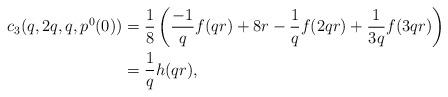
LaTeX: \begin{align*}c_3(q,2q,q,p^0(0)) &= \frac 18 \left( \frac{-1}{q}f(qr) + 8r - \frac 1q f(2qr) + \frac{1}{3q}f(3qr)\right)\\&=\frac{1}{q}h(qr),\end{align*}